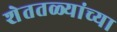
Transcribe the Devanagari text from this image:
शेततळ्यांच्या